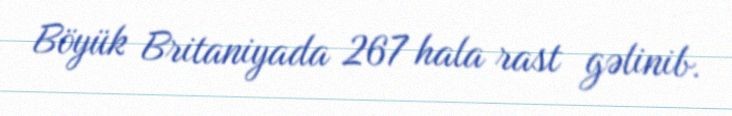
Böyük Britaniyada 267 hala rast gəlinib.